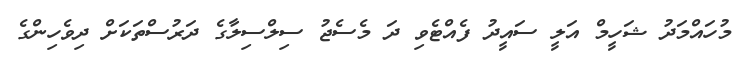
މުހައްމަދު ޝަހީމް އަލީ ސައީދު ފެއްޓެވި ދަ މެސެޖު ސިލްސިލާގެ ދަރުސްތަކަށް ދިވެހިންގެ